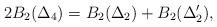
LaTeX: \begin{align*}2B_{2}(\Delta_{4})=B_{2}(\Delta_{2}) + B_{2}(\Delta'_{2}),\end{align*}